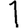
Digit: 1